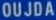
OUJDA